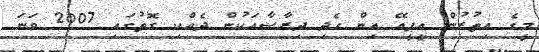
މީގެ އިތުރުން އީޕީއޭ އިން ހެދި ދިރާސާއަކުން ދެއްކި ގޮތުގައި 2007 ވަނަ